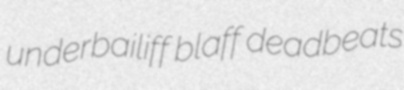
underbailiff blaff deadbeats